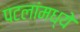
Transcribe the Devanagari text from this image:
पटलांमध्ये